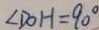
\angle D O H = 9 0 ^ { \circ }